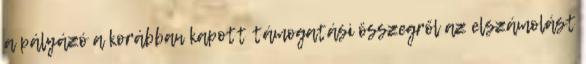
a pályázó a korábban kapott támogatási összegről az elszámolást